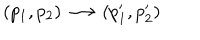
( p _ { 1 } , p _ { 2 } ) \longrightarrow ( p _ { 1 } ^ { \prime } , p _ { 2 } ^ { \prime } )